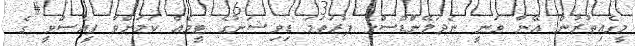
މީގެއިތުރުން އޭނާ ވަނީ ނެދަލޭންޑްސްގެ ފުރަތަމަ ޑިވިޝަނުގެ ޓީމެއް ކަމަށްވާ ޕީއެސްވީ ގެ